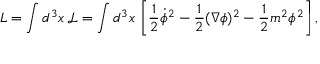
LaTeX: L = \int d ^ { 3 } x \, { \mathcal { L } } = \int d ^ { 3 } x \, \left[ { \frac { 1 } { 2 } } { \dot { \phi } } ^ { 2 } - { \frac { 1 } { 2 } } ( \nabla \phi ) ^ { 2 } - { \frac { 1 } { 2 } } m ^ { 2 } \phi ^ { 2 } \right] ,